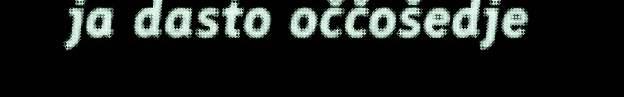
ja dasto oččošedje